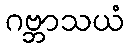
ဂဗ္ဘာသယံ